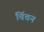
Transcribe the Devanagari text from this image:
चिंचन